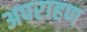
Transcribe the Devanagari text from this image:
अपराहण